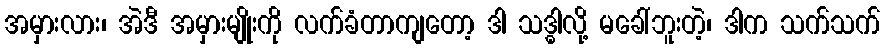
အမှားလား၊ အဲဒီ အမှားမျိုးကို လက်ခံတာကျတော့ ဒါ သဒ္ဓါလို့ မခေါ်ဘူးတဲ့၊ ဒါက သက်သက်